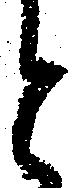
と